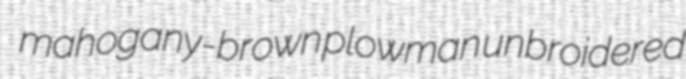
mahogany-brown plowman unbroidered